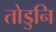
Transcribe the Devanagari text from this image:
तोडुनि